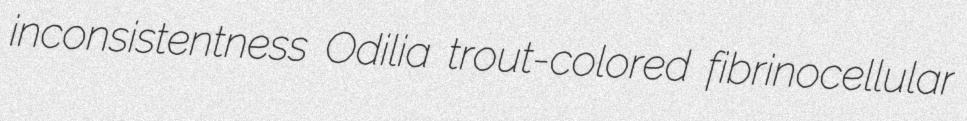
inconsistentness Odilia trout-colored fibrinocellular